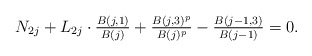
\begin{align*}N_{2j}+L_{2j}\cdot \tfrac{B(j,1)}{B(j)} + \tfrac{B(j,3)^p}{B(j)^p}-\tfrac{B(j-1,3)}{B(j-1)}= 0.\end{align*}